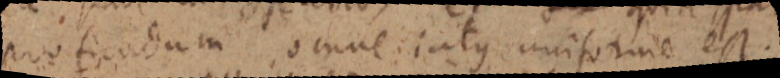
profundum omne iatus uniforme est.